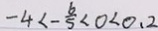
- 4 < - \frac { b } { 5 } < 0 < 0 . 2